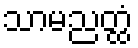
သာမညတ္ထံ